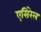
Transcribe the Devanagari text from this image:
एसिरेल